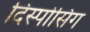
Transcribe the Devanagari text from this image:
दिस्पोसिंग